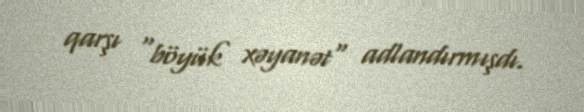
qarşı "böyük xəyanət" adlandırmışdı.